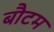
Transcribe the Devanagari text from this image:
बौटम